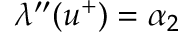
\lambda ^ { \prime \prime } ( u ^ { + } ) = \alpha _ { 2 }